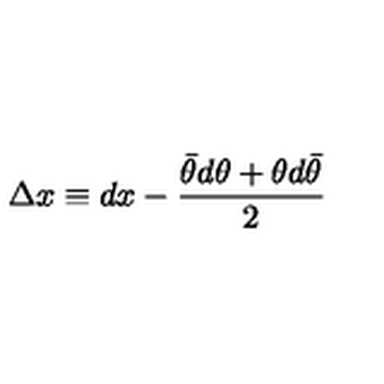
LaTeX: \Delta x \equiv d x - \frac { \bar { \theta } d \theta + \theta d \bar { \theta } } { 2 }